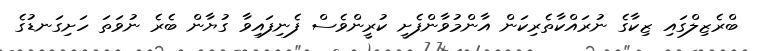
ބްރެޒިލްގައި ޒިކާގެ ނުރައްކާތެރިކަން އާންމުވާންފެށީ ކުރީންވެސް ފެނިފައިވާ ގުޔާން ބެރެ ނުވަތަ ހަށިގަނޑުގެ